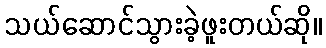
သယ်ဆောင်သွားခဲ့ဖူးတယ်ဆို။